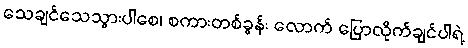
သေချင်သေသွားပါစေ၊ စကားတစ်ခွန်း လောက် ပြောလိုက်ချင်ပါရဲ့